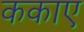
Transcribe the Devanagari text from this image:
ककाए